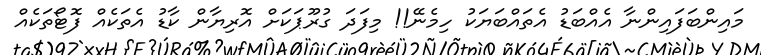
މައިންބަފައިންނާ އެއްބަޑު އެތައްބަޔަކު ހިމެނޭ!! މިފަދަ ގުރޫޕަކަށް އޮރިޔާން ކާޑު އެތަކެއް ފޮޓޯތަކެއް